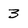
Character: 3